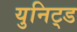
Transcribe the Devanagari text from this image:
युनिट्ड